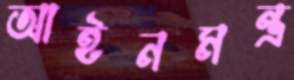
আইনমন্ত্র